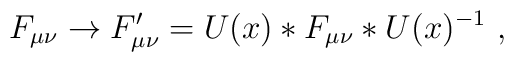
F_{\mu \nu} \to F_{\mu \nu}' = U(x)*F_{\mu \nu}*U(x)^{-1}\ ,